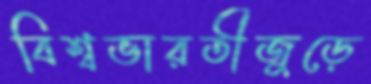
বিশ্বভারতীজুড়ে